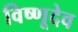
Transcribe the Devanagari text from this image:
विष्णूदेव